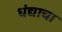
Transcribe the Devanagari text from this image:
धंद्याचा